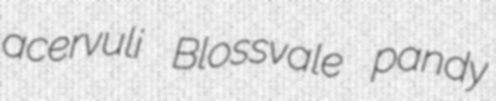
acervuli Blossvale pandy